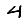
Digit: 4